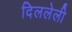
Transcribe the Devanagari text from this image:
दिललेली